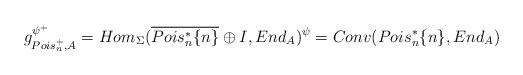
LaTeX: \begin{align*}g_{Pois_n^+,A}^{\psi^+}=Hom_{\Sigma}(\overline{Pois_n^*\{n\}}\oplus I,End_A)^{\psi}=Conv(Pois_n^*\{n\},End_A)\end{align*}